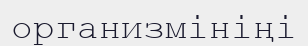
организмініңі